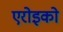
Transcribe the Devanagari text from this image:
एरोइको